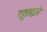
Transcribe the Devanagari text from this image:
दूताद्वारे